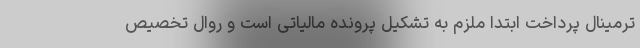
ترمینال پرداخت ابتدا ملزم به تشکیل پرونده مالیاتی است و روال تخصیص